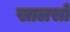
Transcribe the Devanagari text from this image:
खालसों